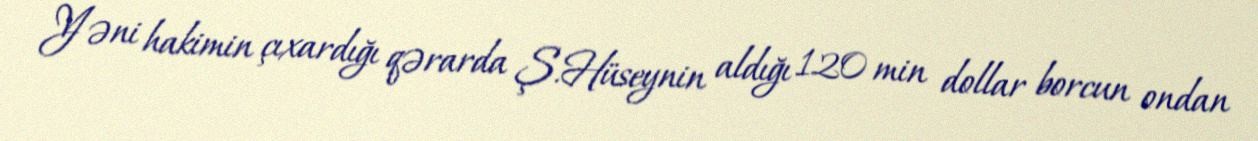
Yəni hakimin çıxardığı qərarda Ş.Hüseynin aldığı 120 min dollar borcun ondan